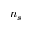
n _ { s }